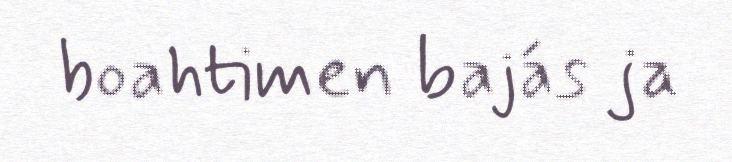
boahtimen bajás ja